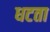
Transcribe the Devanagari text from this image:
धटता